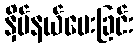
နှိပ်နယ်ပေးခြင်း